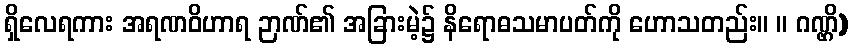
ရှိလေရကား အရဏဝိဟာရ ဉာဏ်၏ အခြားမဲ့၌ နိရောဓသမာပတ်ကို ဟောသတည်း။ ။ ဂဏ္ဌိ)